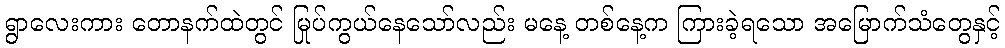
ရွာလေးကား တောနက်ထဲတွင် မြုပ်ကွယ်နေသော်လည်း မနေ့ တစ်နေ့က ကြားခဲ့ရသော အမြောက်သံတွေနှင့်